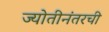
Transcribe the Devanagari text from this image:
ज्योतीनंतरची